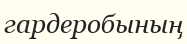
гардеробының